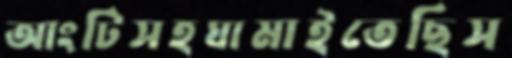
আংটিসহঘামাইতেছিস